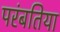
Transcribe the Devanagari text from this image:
परंबतिया